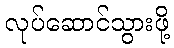
လုပ်ဆောင်သွားဖို့